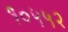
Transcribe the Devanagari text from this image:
१०५५२